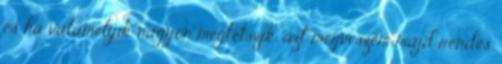
és ha valamelyik nagyon megtetszik, azt megveszem majd rendes